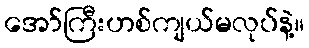
အော်ကြီးဟစ်ကျယ်မလုပ်နဲ့။